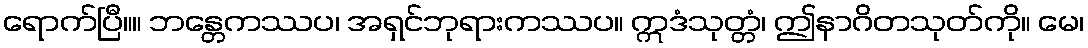
ရောက်ပြီ။။ ဘန္တေကဿပ၊ အရှင်ဘုရားကဿပ။ ဣဒံသုတ္တံ၊ ဤနာဂိတသုတ်ကို။ မေ၊